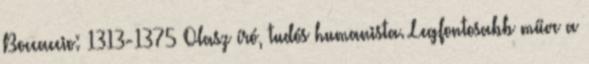
Boccaccio: 1313-1375 Olasz író, tudós humanista. Legfontosabb műve a